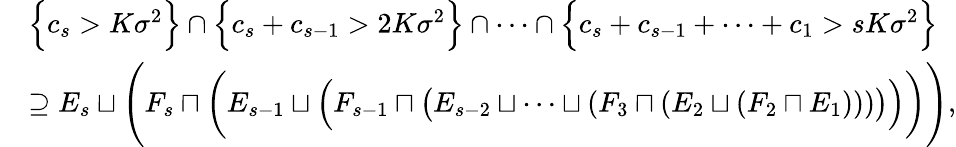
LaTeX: \begin{array}{rl}&{\Big\{ c_{s}>K\sigma^{2}\Big\} \cap\Big\{ c_{s}+c_{s-1}>2K\sigma^{2}\Big\} \cap\cdots\cap\Big\{ c_{s}+c_{s-1}+\cdots+c_{1}>sK\sigma^{2}\Big\} }\\ &{\supseteq E_{s}\sqcup\Bigg(F_{s}\sqcap\bigg(E_{s-1}\sqcup\Big(F_{s-1}\sqcap\big(E_{s-2}\sqcup\cdots\sqcup(F_{3}\sqcap(E_{2}\sqcup(F_{2}\sqcap E_{1})))\big)\Big)\bigg)\Bigg),}\end{array}